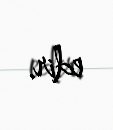
edir.